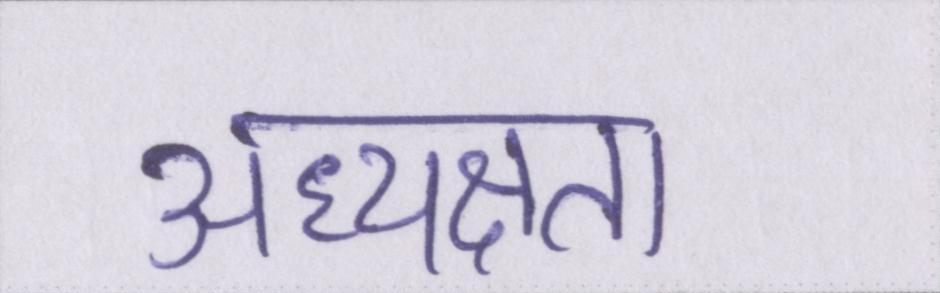
अध्यक्षता